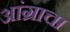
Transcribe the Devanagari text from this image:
आंग्राचा